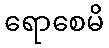
ရောစေမိ